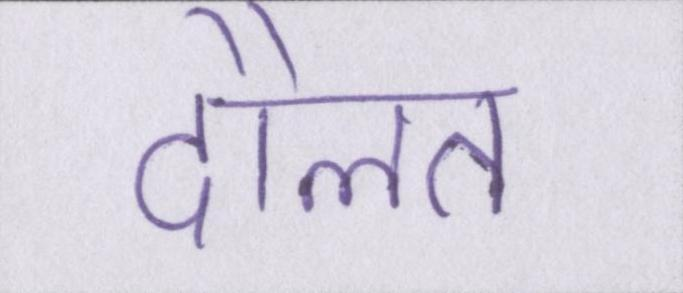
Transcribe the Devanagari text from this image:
दौलत